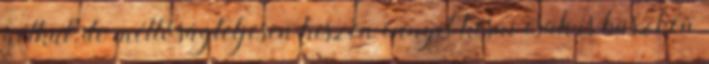
nélkül, de méltóságteljesen hiszen ennyit késni csak is büszkén